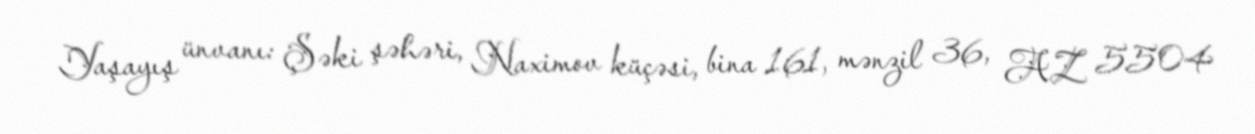
Yaşayış ünvanı: Şəki şəhəri, Naximov küçəsi, bina 161, mənzil 36, AZ 5504